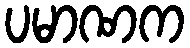
ပမာဏက